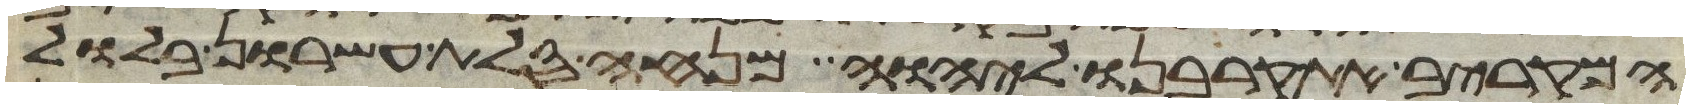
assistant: המקריב את קרבנו ליהוה מנחה סלת עשרון בלול